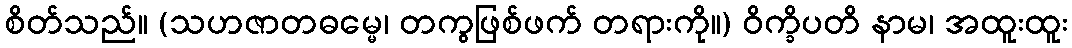
စိတ်သည်။ (သဟဇာတဓမ္မေ၊ တကွဖြစ်ဖက် တရားကို။) ဝိက္ခိပတိ နာမ၊ အထူးထူး